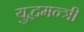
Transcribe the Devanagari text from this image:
युद्धमन्त्री